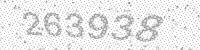
Solution: 263938